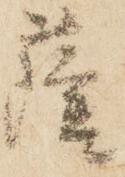
薩